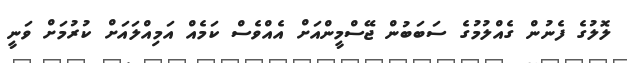
ލޮލުގެ ފެނުން ގެއްލުމުގެ ސަބަބުން ޖޭސްމީންއަށް އެެއްވެސް ކަމެއް އަމިއްލައަށް ކުރުމަށް ވަނީ